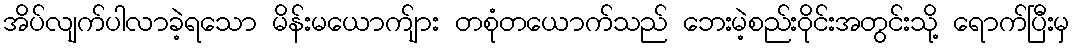
အိပ်လျက်ပါလာခဲ့ရသော မိန်းမယောက်ျား တစုံတယောက်သည် ဘေးမဲ့စည်းဝိုင်းအတွင်းသို့ ရောက်ပြီးမှ